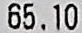
65.10